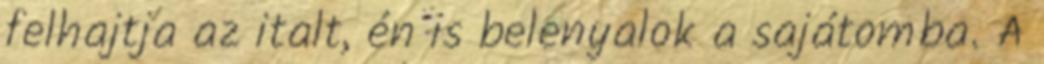
felhajtja az italt, én is belenyalok a sajátomba. A